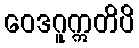
ဝေဒဂူဣတိပိ